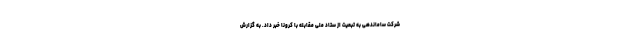
شرکت ساماندهی به تبعیت از ستاد ملی مقابله با کرونا خبر داد. به گزارش